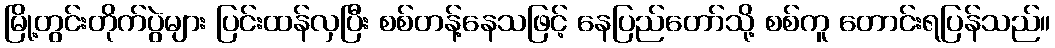
မြို့တွင်းတိုက်ပွဲများ ပြင်းထန်လှပြီး စစ်တန့်နေသဖြင့် နေပြည်တော်သို့ စစ်ကူ တောင်းရပြန်သည်။